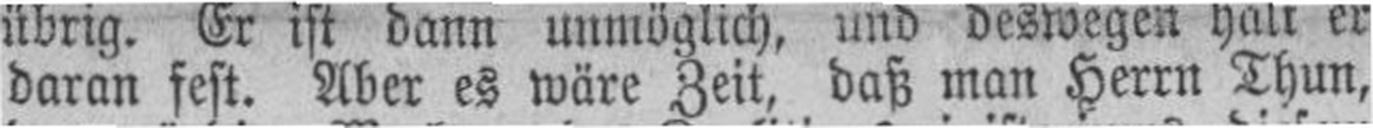
daran fest. Aber es wäre Zeit, daß man Herrn Thun,